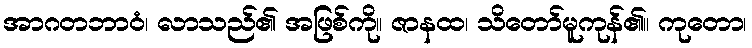
အာဂတဘာဝံ၊ လာသည်၏ အဖြစ်ကို။ ဇာနထ၊ သိတော်မူကုန်၏။ ကုတော၊